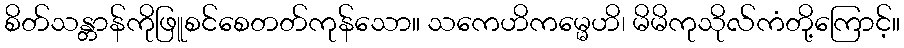
စိတ်သန္တာန်ကိုဖြူစင်စေတတ်ကုန်သော။ သကေဟိကမ္မေဟိ၊ မိမိကုသိုလ်ကံတို့ကြောင့်။